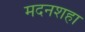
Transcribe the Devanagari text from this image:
मदनशहा